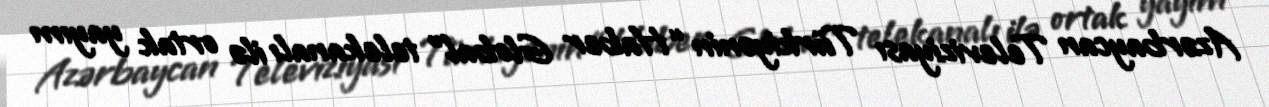
Azərbaycan Televiziyası Türkiyənin “Haber Global” telekanalı ilə ortak yayım